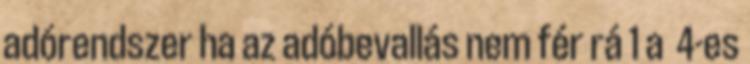
adórendszer ha az adóbevallás nem fér rá 1 a 4-es